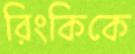
রিংকিকে